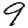
Digit: 9